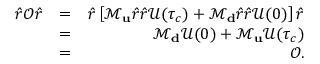
\begin{array} { r l r } { \hat { r } \mathcal { O } \hat { r } } & { = } & { \hat { r } \left[ \mathcal { M } _ { \bf u } \hat { r } \hat { r } \mathcal { U } ( \tau _ { c } ) + \mathcal { M } _ { \bf d } \hat { r } \hat { r } \mathcal { U } ( 0 ) \right] \hat { r } } \\ & { = } & { \mathcal { M } _ { \bf d } \mathcal { U } ( 0 ) + \mathcal { M } _ { \bf u } \mathcal { U } ( \tau _ { c } ) } \\ & { = } & { \mathcal { O } . } \end{array}